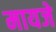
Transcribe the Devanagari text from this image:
मायजे